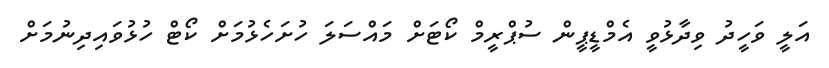
އަލީ ވަހީދު ވިދާޅުވީ އެމްޑީޕީން ސުޕްރީމް ކޯޓަށް މައްސަލަ ހުށަހެޅުމަށް ކޯޓް ހުޅުވައިދިނުމަށް